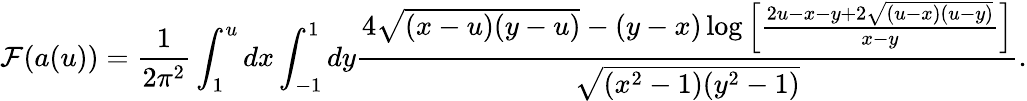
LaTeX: {\cal F}(a(u))={\frac{1}{2\pi^{2}}}\int_{1}^{u}dx\int_{-1}^{1}dy{\frac{4\sqrt{(x-u)(y-u)}-(y-x)\log\left[{\frac{2u-x-y+2\sqrt{(u-x)(u-y)}}{x-y}}\right]}{\sqrt{(x^{2}-1)(y^{2}-1)}}}.